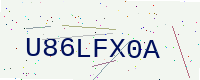
Text: U86LFX0A